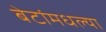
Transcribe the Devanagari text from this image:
बेटांमधल्या